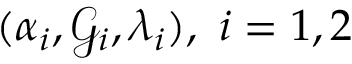
( \alpha _ { i } , \mathcal { G } _ { i } , \lambda _ { i } ) , \, \, i = 1 , 2